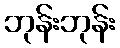
ဘုန်းဘုန်း